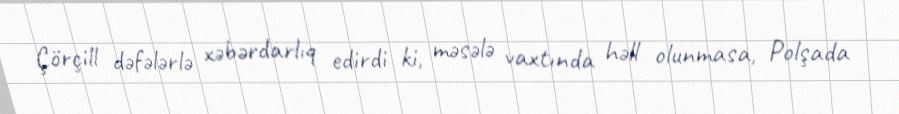
Çörçill dəfələrlə xəbərdarlıq edirdi ki, məsələ vaxtında həll olunmasa, Polşada